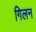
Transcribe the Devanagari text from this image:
गिलन